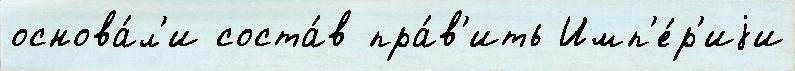
основа́л'и соста́в пра́в'ить Имп'е́р'иjи